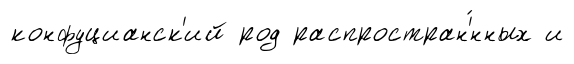
конфуцианск'ий род распростран'́нных и